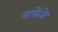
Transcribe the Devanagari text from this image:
सलेंतो